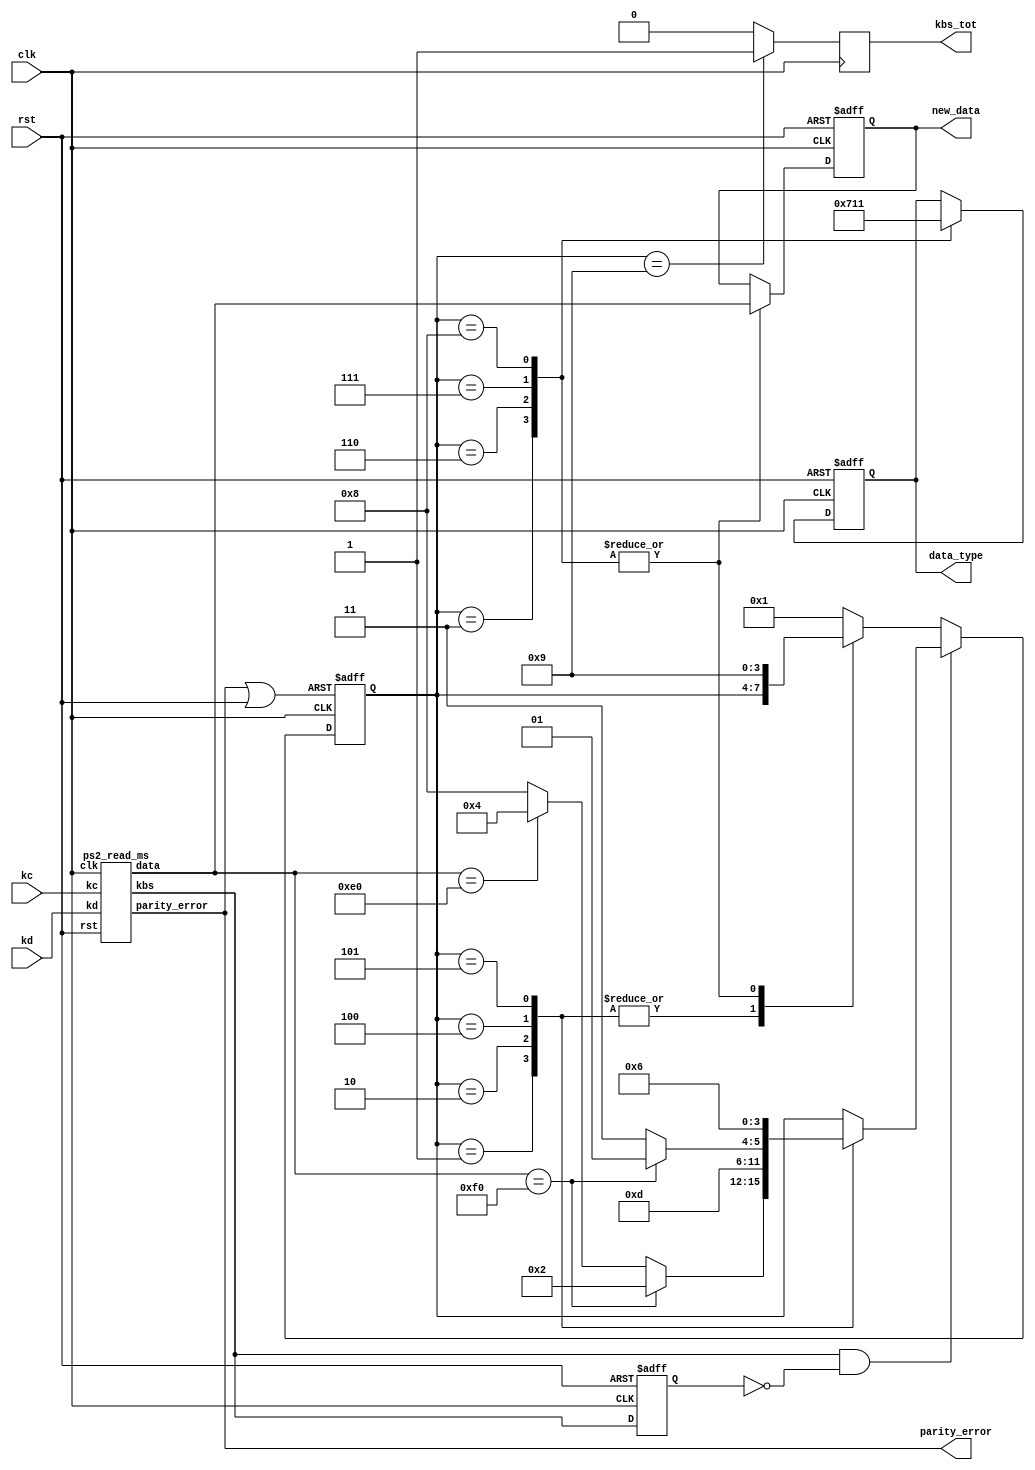
`timescale 1ns / 1ps
//////////////////////////////////////////////////////////////////////////////////
// Company: 
// Engineer: 
// 
// Design Name: 
// Module Name: kbd_ms
// Project Name: 
// Target Devices: 
// Tool Versions: 
// Description: 
// 
// Dependencies: 
// 
// Revision:
// Revision 0.01 - File Created
// Additional Comments:
// 
//////////////////////////////////////////////////////////////////////////////////


`define MAKE_CODE		3'b001
`define MAKE_CODE_E0	3'b010
`define BRAKE_CODE		3'b011
`define BRAKE_CODE_E0	3'b100

`define KBD_STATE_INIT			4'b0001
`define KBD_STATE_F0			4'b0010		//F0 detected
`define KBD_STATE_F0_MAKE		4'b0011		//F0 and then code
`define KBD_STATE_E0			4'b0100		//E0 detected
`define KBD_STATE_E0_F0			4'b0101		//E0 and then F0 
`define KBD_STATE_E0_F0_MAKE	4'b0110		//E0_F0 and then code
`define KBD_STATE_E0_MAKE		4'b0111		//E0 and then code
`define KBD_STATE_MAKE			4'b1000		//make code
`define KBD_STATE_GEN_KBS		4'b1001		//To generate a kbs


module kbd_ms(clk,rst,kd,kc,new_data,data_type,kbs_tot,parity_error);
	input clk,rst,kd,kc;
	output reg[7:0] new_data;
	output reg[2:0]data_type;
	output reg kbs_tot;
	output parity_error;
	
	reg [3:0] kds_state_machine=`KBD_STATE_INIT;
	reg [3:0] kds_state_machine_next;
	
	wire [7:0]ps2_value;
	wire kbs;


	ps2_read_ms m_ps2read(clk, rst, kd, kc, kbs, ps2_value, parity_error);
	
	//maquina de estados para saber que dato esta llegando
	reg kbs_0=1'b0;
	wire kbs_pe;
	
	always@(posedge clk or posedge rst)
		if (rst)
			kbs_0 <= 1'b0;
		else
			kbs_0 <= kbs;

	assign kbs_pe = (kbs & ( ~kbs_0 ) );

	always@(*)
		if(kbs_pe)
			case(kds_state_machine)
				`KBD_STATE_INIT:		kds_state_machine_next=(ps2_value == 8'HF0)?`KBD_STATE_F0:
																(ps2_value == 8'HE0)?`KBD_STATE_E0:
																`KBD_STATE_MAKE;
																	
				`KBD_STATE_F0:			kds_state_machine_next = `KBD_STATE_F0_MAKE;
				
				`KBD_STATE_E0:			kds_state_machine_next = (ps2_value == 8'HF0)?`KBD_STATE_E0_F0:
																`KBD_STATE_E0_MAKE;
																	
				`KBD_STATE_E0_F0:		kds_state_machine_next=`KBD_STATE_E0_F0_MAKE;

				default:				kds_state_machine_next=kds_state_machine;
			endcase
		else
			case(kds_state_machine)
				`KBD_STATE_INIT,
				`KBD_STATE_F0,
				`KBD_STATE_E0,
				`KBD_STATE_E0_F0:		kds_state_machine_next=kds_state_machine;

				`KBD_STATE_F0_MAKE,
				`KBD_STATE_E0_F0_MAKE,
				`KBD_STATE_E0_MAKE,
				`KBD_STATE_MAKE:		kds_state_machine_next=`KBD_STATE_GEN_KBS;
				`KBD_STATE_GEN_KBS:		kds_state_machine_next=`KBD_STATE_INIT;
				default:				kds_state_machine_next=`KBD_STATE_INIT;
			endcase
	
	wire rst_state_machine;
	assign rst_state_machine = parity_error|rst;

	always@(posedge clk or posedge rst_state_machine)
		if(rst_state_machine)
			kds_state_machine <= `KBD_STATE_INIT;
		else
			kds_state_machine <= kds_state_machine_next;
	
	//describiendo las salidas new_data
	reg [7:0]new_data_next;

	always@(*)
		case(kds_state_machine)
			`KBD_STATE_F0_MAKE,`KBD_STATE_E0_F0_MAKE,`KBD_STATE_E0_MAKE,`KBD_STATE_MAKE:
				new_data_next = ps2_value;
			default: new_data_next = new_data;
		endcase
		
	always@(posedge clk or posedge rst)
		if(rst)
			new_data <= 8'd0;
		else
			new_data <= new_data_next;

	//describiendo la salida data_type;
	reg [2:0]data_type_next;

	always@(*)
		case(kds_state_machine)
			`KBD_STATE_F0_MAKE:		data_type_next = `BRAKE_CODE;
			`KBD_STATE_E0_F0_MAKE:	data_type_next = `BRAKE_CODE_E0;
			`KBD_STATE_E0_MAKE:		data_type_next = `MAKE_CODE_E0;
			`KBD_STATE_MAKE:		data_type_next = `MAKE_CODE;
			default:				data_type_next = data_type;
		endcase
	
	always@(posedge clk or posedge rst)
		if(rst)
			data_type <= 3'd0;
		else
			data_type <= data_type_next;
	
	//describiendo la salida kbs_tot;
	reg kbs_tot_next;

	always@(*)
		if(kds_state_machine == `KBD_STATE_GEN_KBS)
			kbs_tot_next = 1'b1;
		else
			kbs_tot_next = 1'b0;
			
	always@(posedge clk)
		kbs_tot <= kbs_tot_next;
		
endmodule

//////////////////////////////////////////////////////////////////////////////////
// Company:			UTFSM
// 
// Design Name: 
// Module Name:		ps2_read_ms
// Project Name:	Experiencia 5
// Target Devices: 
// Tool versions: 
// Description:		Es un driver que permite recibir datos
//					desde un dispositivo cuyo protocolo de
//					comunicacin es PS2
//
// Dependencies:	
// Additional Comments:
//Cada vez que se lee un dato correctamente, se genera un pulso
//en la seal "kbs", lo que permite saber cuando leer "data"
//////////////////////////////////////////////////////////////////////////////////

module ps2_read_ms(clk,rst,kd,kc,kbs,data,parity_error);
	input clk,rst,kd,kc;
	output kbs;
	output reg parity_error = 1'b0;
	output reg [7:0]data;
	reg [7:0] data_next;
	reg [10:2]shift;
	reg [10:2]shift_next;
	reg [3:0] data_in_counter = 4'd0;
	reg [3:0] data_in_counter_next;
	
	reg [1:0]kd_s = 2'b00;
	reg [1:0]kc_s = 2'b00;
	reg reset_data_in_counter;
	reg new_data_available = 1'b0;
	reg new_data_available_next;
	
	wire kc_ne;
	assign kbs=new_data_available;

	//sincronizando la entrada con el reloj de la FPGA
	always@(posedge clk)
		if(rst)
			{kd_s,kc_s} <= 4'b0;
		else
		begin
			kd_s <= {kd_s[0], kd};
			kc_s <= {kc_s[0], kc};
		end
		
	// Canto de bajada de la senal de keyboard clock
	assign kc_ne = (~kc_s[0]) & (kc_s[1]);
	
	//asignacion del registro de desplazamiento
	always@(*)
		case ({rst,kc_ne})
			2'b00:shift_next = shift;
			2'b01:shift_next = {kd_s[1], shift[10:3]};
			default:shift_next = 11'd0;
		endcase

	always@(posedge clk)
		shift <= shift_next;
	
	always @(*)
		if(data_in_counter == 4'd11)//llego el stop y es necesario resetar la cuenta
			reset_data_in_counter = 1'b1;
		else
			reset_data_in_counter=rst;

	//contador de los bits de entrada
	//por el carater sincronico del rst, la cuenta en 11 durar un ciclo de reloj
	always@(*)
		case({reset_data_in_counter,kc_ne})
			2'b00: data_in_counter_next = data_in_counter;
			2'b01: data_in_counter_next = data_in_counter + 4'd1;
			default:data_in_counter_next = 4'd0;
		endcase
		
	always@(posedge clk)
		data_in_counter <= data_in_counter_next;
			
	//aviso de new data disponible
	reg parity_error_next;
	always@(*)
		if((data_in_counter == 4'd10) && (!parity_error_next))//estamos en la paridad a la espera del stop
			new_data_available_next = 1'b1;
		else
			new_data_available_next = 1'b0;
	
	always@(posedge clk)
		new_data_available <= new_data_available_next;
	
	//la data
	always@(*)
		if(data_in_counter == 4'd9)//tengo el dato nuevo completo
			data_next = shift[10:3];
		else
			data_next = data;
	
	always@(posedge clk)
		data <= data_next;

	//checkeando paridad
	
	wire parity_local;

	assign parity_local = (^shift[10:2]);//calculando la paridad (odd)
	
	always@(*)
		if(data_in_counter == 4'd10)//acaba de llegar la paridad (ya esta almacenada)
			if(parity_local == 1'b1)
				parity_error_next = 1'b0;
			else
				parity_error_next = 1'b1;
		else
			parity_error_next = parity_error;
	
	always@(posedge clk or posedge rst)
		if(rst)
			parity_error <= 1'b0;
		else
			parity_error<=parity_error_next;
	
endmodule